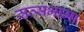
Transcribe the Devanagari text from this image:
सत्सभामा